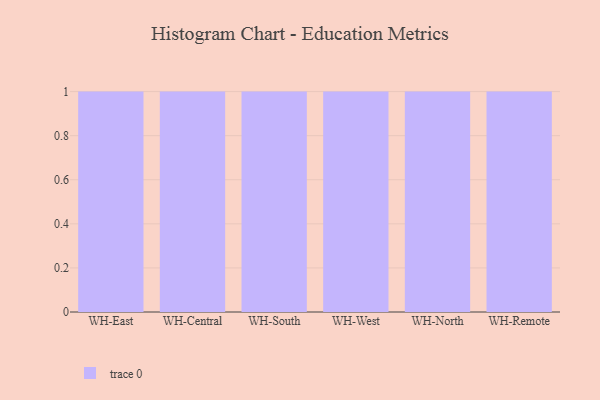
{"axis": {"x": "Warehouse", "y": "Energy Usage (MWh)"}, "legend": [""], "data": [{"x": "WH-East", "y": 30, "type": ""}, {"x": "WH-Central", "y": 85, "type": ""}, {"x": "WH-South", "y": 46, "type": ""}, {"x": "WH-West", "y": 82, "type": ""}, {"x": "WH-North", "y": 22, "type": ""}, {"x": "WH-Remote", "y": 80, "type": ""}]}